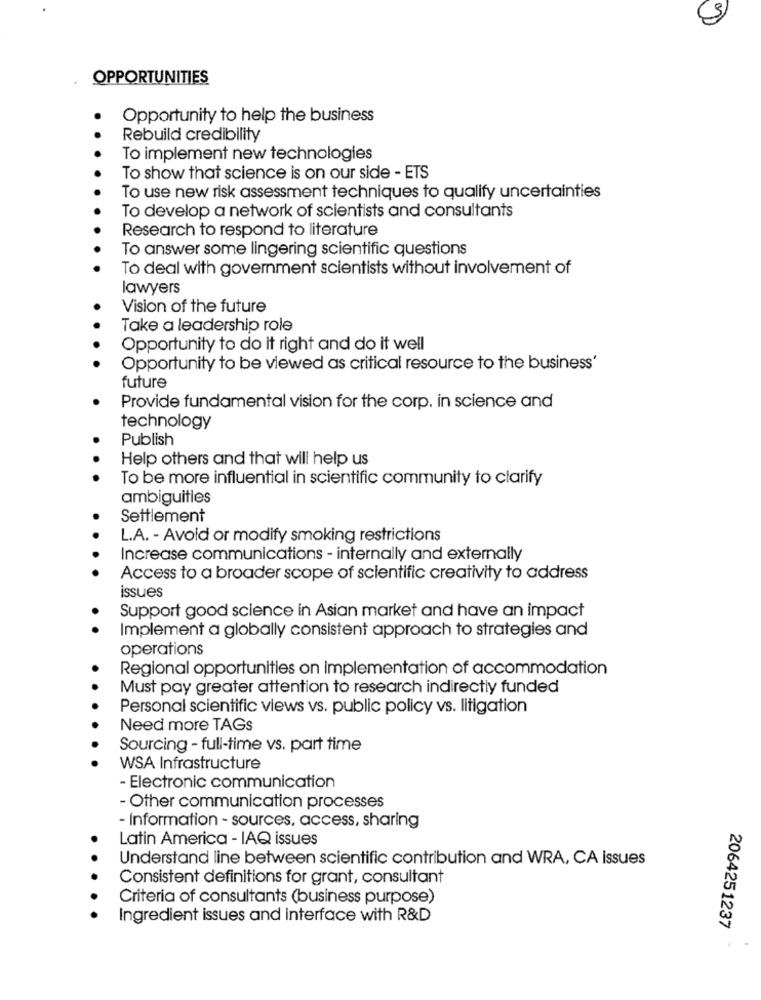
OPPORTUNITIES
Opportunity to help the business
Rebuild credibility
To implement new technologies
To show that science is on our side - ETS
To use new risk assessment techniques to qualify uncertainties
To develop a network of scientists and consultants
Research to respond to literature
To answer some lingering scientific questions
To deal with government scientists without involvement of
lawyers
Vision of the future
Take a leadership role
Opportunity to do it right and do it well
Opportunity to be viewed as critical resource to the business'
future
Provide fundamental vision for the corp. in science and
technology
Publish
Help others and that will help us
.
To be more influential in scientific community to clarify
ambiguities
Settlement
L.A. - Avoid or modify smoking restrictions
Increase communications - internally and externally
Access to a broader scope of scientific creativity to address
issues
Support good science in Asian market and have an impact
Implement a globally consistent approach to strategies and
operations
Regional opportunities on Implementation of accommodation
Must pay greater attention to research indirectly funded
Personal scientific views vs. public policy vs. litigation
Need more TAGS
Sourcing - full-time vs. part time
WSA Infrastructure
- Electronic communication
- Other communication processes
- Information - sources, access, sharing
Latin America - IAQ issues
Understand line between scientific contribution and WRA, CA issues
Consistent definitions for grant, consultant
Criteria of consultants (business purpose)
Ingredient issues and interface with R&D
2064251237